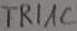
Text: TRIAC